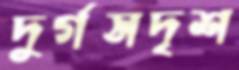
দুর্গসদৃশ